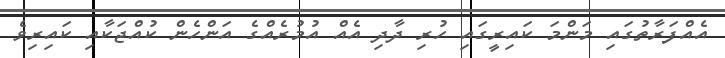
އެއްފަރާތުގައި މަންމަ ކައިރީގައި ހުރި ދާދި އެއް އުމުރެއްގެ އަންހެން ކުއްޖަކާއި ކައިރިވެ